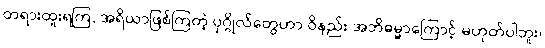
တရားထူးရကြ, အရိယာဖြစ်ကြတဲ့ ပုဂ္ဂိုလ်တွေဟာ ဝိနည်း အဘိဓမ္မာကြောင့် မဟုတ်ပါဘူး၊